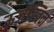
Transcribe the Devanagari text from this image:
ऊर्जस्विन